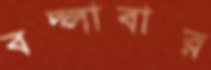
বদ্‌লাবার